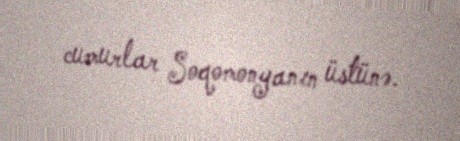
cumurlar Soqomonyanın üstünə.